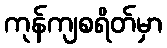
ကုန်ကျစရိတ်မှာ